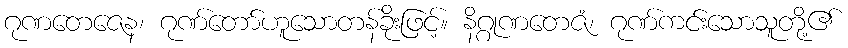
ဂုဏတေဇေန၊ ဂုဏ်တော်ဟူသောတန်ခိုးဖြင့်။ နိဂ္ဂုဏတေဇံ၊ ဂုဏ်ကင်းသောသူတို့၏